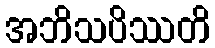
အဘိသပိဿတိ